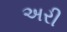
અરી